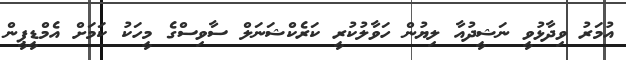
އުމަރު ވިދާޅުވީ ނަޝީދުއާ ލިޔުން ހަވާލުކުރީ ކަރެކްޝަނަލް ސާވިސްގެ މީހަކު ކަމަށް އެމްޑީޕީން